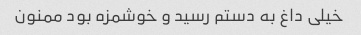
خیلی داغ به دستم رسید و خوشمزه بود ممنون